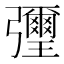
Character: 㣆